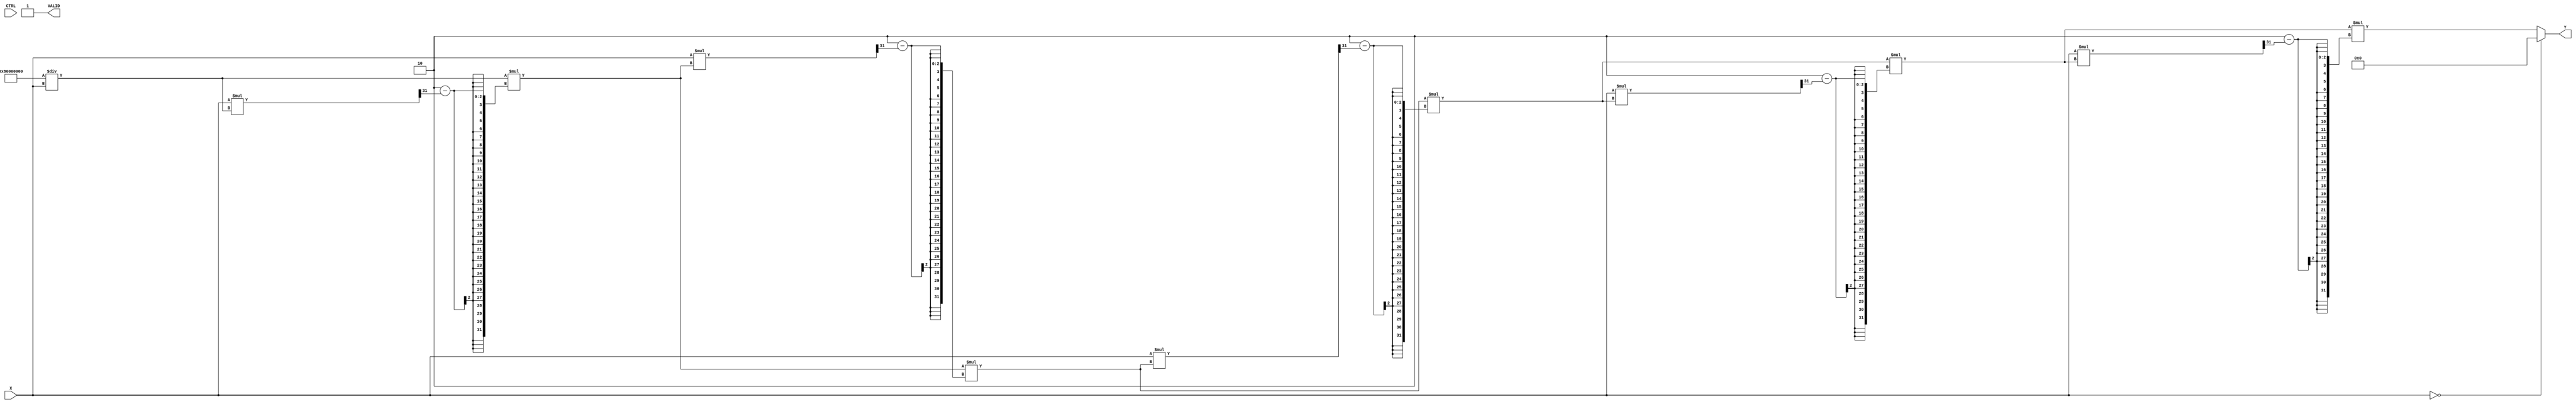
module BitwiseReciprocal (
    input  wire [31:0] X,      // Input data (fixed-point or integer)
    input  wire CTRL,          // Control signal
    output reg  [31:0] Y,      // Output data (reciprocal)
    output reg  VALID           // Valid signal
);

    reg [31:0] approx;         // Initial approximation
    reg [31:0] temp;           // Temporary variable for calculations
    integer i;                 // Loop counter

    always @(*) begin
        // Default values
        Y = 32'b0;
        VALID = 1'b0;

        // Check for zero input
        if (X == 32'b0) begin
            // Handle division by zero case
            Y = 32'b0; // or some predefined error value
            VALID = 1'b1;
        end else begin
            // Initialize approximation (1/x)
            approx = 32'h80000000 / X; // Initial approximation (1/x)
            VALID = 1'b1;

            // Iterative refinement (Newton-Raphson method)
            for (i = 0; i < 5; i = i + 1) begin
                temp = approx;
                approx = approx * (2 - (X * approx >> 31)); // approx = approx * (2 - X * approx)
            end

            // Output the computed reciprocal
            Y = approx;
        end
    end
endmodule